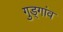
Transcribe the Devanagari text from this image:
गुड्गांव